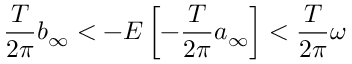
\frac { T } { 2 \pi } b _ { \infty } < - E \left[ - \frac { T } { 2 \pi } a _ { \infty } \right] < \frac { T } { 2 \pi } \omega